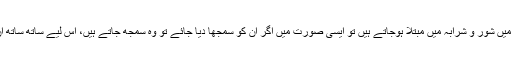
بعض ایسے باشعور بچے ناواقفیت کی بنا پر ابتدا میں شور و شرابہ میں مبتلا ہوجاتے ہیں تو ایسی صورت میں اگر ان کو سمجھا دیا جائے تو وہ سمجھ جاتے ہیں، اس لیے ساتھ ساتھ ان کو آداب مسجد سے بھی آگاہ کرتے رہنا چاہیے۔